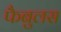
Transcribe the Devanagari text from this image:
फैबुलस